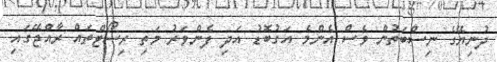
ދުނިޔޭގެ ނިސްބަތުން ވެސް އެންމެ އަގުބޮޑު އަދި ފެންވަރު މަތި ރިސޯޓްތައް ރާއްޖޭގައި